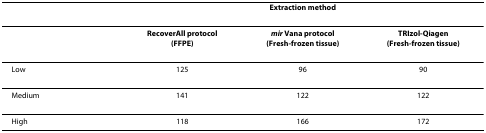
<table><thead><tr><td></td><td colspan="3"><b>Extraction method</b></td></tr></thead><tbody><tr><td></td><td><b>RecoverAll protocol</b><b>(FFPE)</b></td><td><b><i>mir </i>Vana protocol</b><b>(Fresh-frozen tissue)</b></td><td><b>TRIzol-Qiagen</b><b>(Fresh-frozen tissue)</b></td></tr><tr><td>Low</td><td>125</td><td>96</td><td>90</td></tr><tr><td>Medium</td><td>141</td><td>122</td><td>122</td></tr><tr><td>High</td><td>118</td><td>166</td><td>172</td></tr></tbody></table>